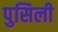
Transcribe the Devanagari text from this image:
पुसिली